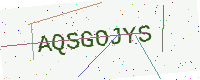
Text: AQSGOJYS